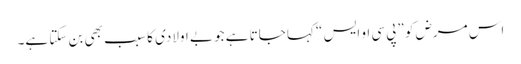
اس مرض کو ”پی سی او ایس “ کہا جاتا ہے جو بے اولادی کا سبب بھی بن سکتا ہے۔